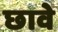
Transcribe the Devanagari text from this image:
छावे